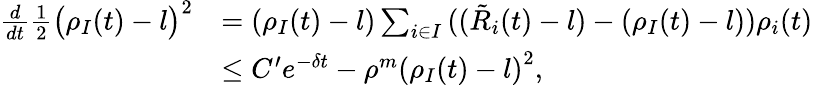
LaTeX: \begin{array}{rl}{\frac{d}{dt}\frac{1}{2}\big(\rho_{I}(t)-l\big)^{2}}&{=(\rho_{I}(t)-l)\sum_{i\in I}{((\tilde{R}_{i}(t)-l)-({\rho}_{I}(t)-l))\rho_{i}(t)}}\\ &{\leq C^{\prime}e^{-\delta t}-\rho^{m}\left(\rho_{I}(t)-l\right)^{2},}\end{array}